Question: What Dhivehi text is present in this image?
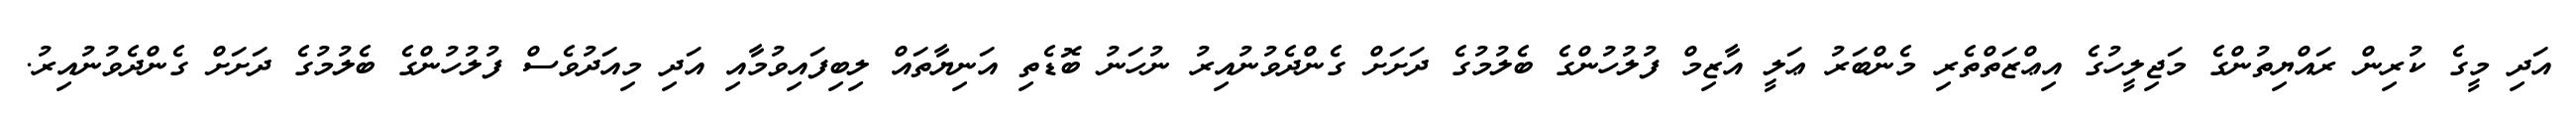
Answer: އަދި މީގެ ކުރިން ރައްޔިތުންގެ މަޖިލީހުގެ އިޢްޒަތްތެރި މެންބަރު ޢަލީ އާޒިމް ފުލުހުންގެ ބެލުމުގެ ދަށަށް ގެންދެވުނުއިރު ނުހަނު ބޮޑެތި އަނިޔާތައް ލިބިފައިވުމާއި އަދި މިއަދުވެސް ފުލުހުންގެ ބެލުމުގެ ދަށަށް ގެންދެވުނުއިރު.